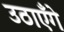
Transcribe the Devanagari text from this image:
उठाएँगे